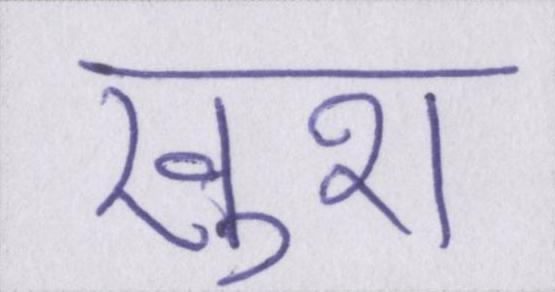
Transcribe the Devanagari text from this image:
ख़ुश